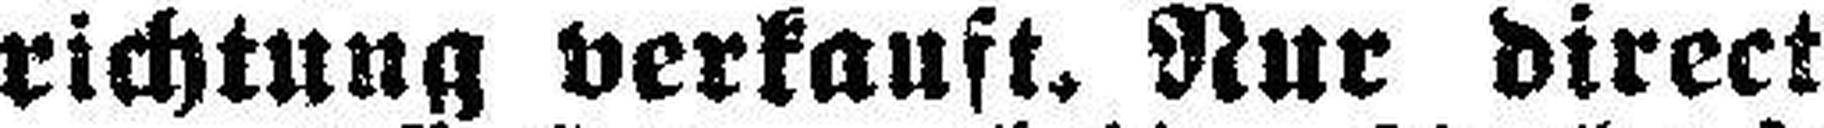
richtung verkauft. Nur direct